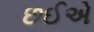
છઈએ